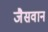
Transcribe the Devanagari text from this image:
जैसवान